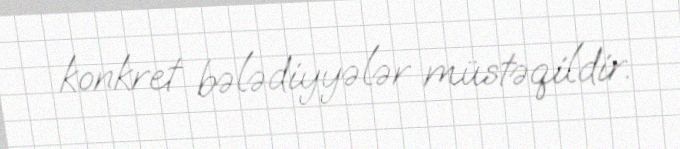
konkret bələdiyyələr müstəqildir.